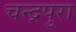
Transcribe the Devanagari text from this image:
चन्द्रपुरा